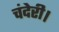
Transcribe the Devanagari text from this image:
चंदेरी।